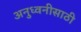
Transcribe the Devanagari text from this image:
अनुध्वनीसाठी